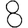
Digit: 8